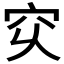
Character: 𥤳